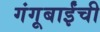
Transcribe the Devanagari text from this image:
गंगूबाईंची